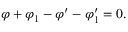
\varphi + \varphi _ { 1 } - \varphi ^ { \prime } - \varphi _ { 1 } ^ { \prime } = 0 .